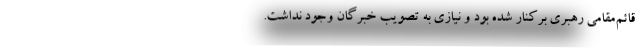
قائم‌مقامی رهبری برکنار شده بود و نیازی به تصویب خبرگان وجود نداشت.